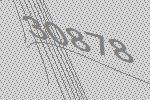
30878